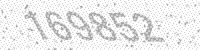
Solution: 169852